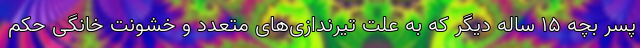
پسر بچه ۱۵ ساله دیگر که به علت تیرندازی‌های متعدد و خشونت خانگی حکم